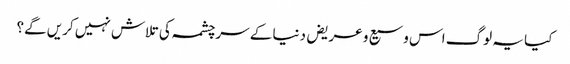
کیا یہ لوگ اس وسیع و عریض دنیا کے سرچشمہ کی تلاش نہیں کریں گے؟